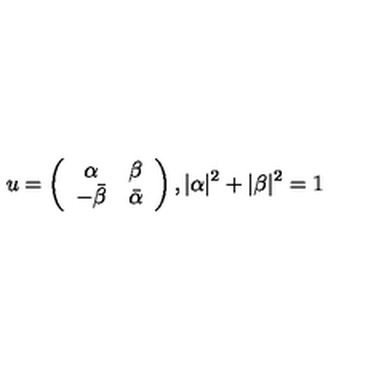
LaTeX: u = \left( \begin{array} { c c } { \alpha } & { \beta } \\ { - \bar { \beta } } & { \bar { \alpha } } \\ \end{array} \right) , | \alpha | ^ { 2 } + | \beta | ^ { 2 } = 1